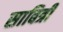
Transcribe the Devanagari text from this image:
साबित्री